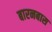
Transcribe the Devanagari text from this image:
बारनबास